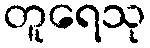
တူရေသု